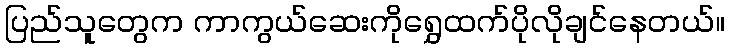
ပြည်သူတွေက ကာကွယ်ဆေးကိုရွှေထက်ပိုလိုချင်နေတယ်။